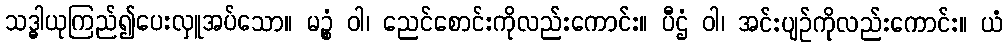
သဒ္ဓါယုကြည်၍ပေးလှူအပ်သော။ မဉ္စံ ဝါ၊ ညေင်စောင်းကိုလည်းကောင်း။ ပီဌံ ဝါ၊ အင်းပျဉ်ကိုလည်းကောင်း။ ယံ